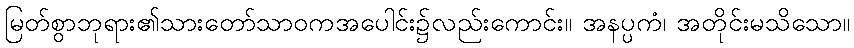
မြတ်စွာဘုရား၏သားတော်သာဝကအပေါင်း၌လည်းကောင်း။ အနပ္ပကံ၊ အတိုင်းမသိသော။